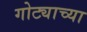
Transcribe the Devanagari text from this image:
गोट्याच्या